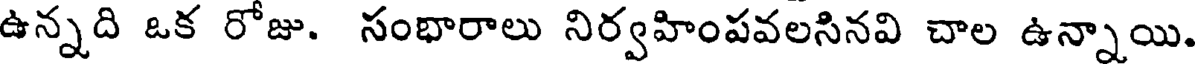
ఉన్నది ఒక రోజు. సంభారాలు నిర్వహింపవలసినవి చాల ఉన్నాయి.